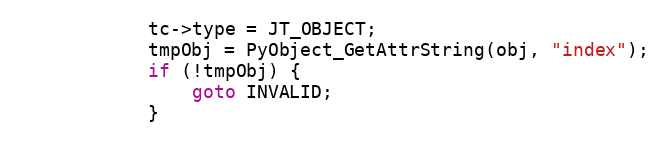
Language: C
            tc->type = JT_OBJECT;
            tmpObj = PyObject_GetAttrString(obj, "index");
            if (!tmpObj) {
                goto INVALID;
            }